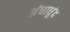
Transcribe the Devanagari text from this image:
अंधाधुंद